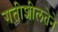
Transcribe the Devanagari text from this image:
गतीशीलतेने